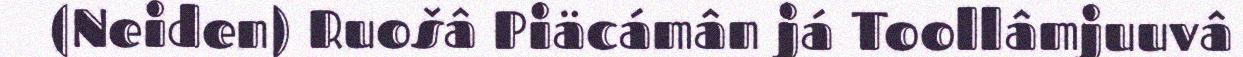
(Neiden) Ruošâ Piäcámân já Toollâmjuuvâ